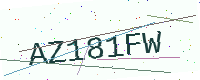
Text: AZ181FW